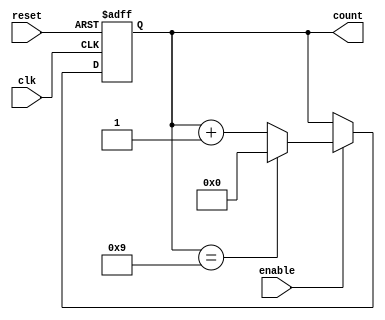
module BCD_Up_Counter_with_Enable (
    input wire clk,
    input wire reset,
    input wire enable,
    output reg [3:0] count
);

always @ (posedge clk or posedge reset)
begin
    if (reset)
        count <= 4'b0000;
    else if (enable)
    begin
        if (count == 4'b1001)
            count <= 4'b0000;
        else
            count <= count + 4'b0001;
    end
end

endmodule